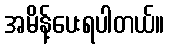
အမိန့်ပေးရပါတယ်။